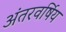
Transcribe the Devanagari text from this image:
अंतरवर्षिय